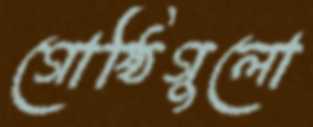
গোষ্ঠিগুলো